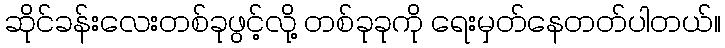
ဆိုင်ခန်းလေးတစ်ခုဖွင့်လို့ တစ်ခုခုကို ရေးမှတ်နေတတ်ပါတယ်။